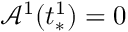
\mathcal { A } ^ { 1 } ( t _ { * } ^ { 1 } ) = 0